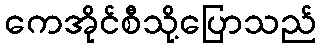
ကေအိုင်စီသို့ပြောသည်